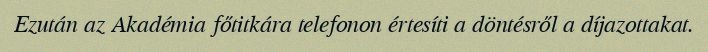
Ezután az Akadémia főtitkára telefonon értesíti a döntésről a díjazottakat.